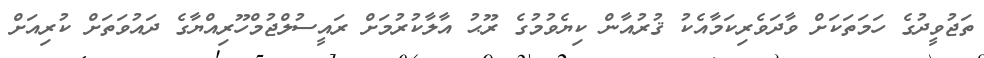
ތަޖުވީދުގެ ހަމަތަކަށް ވާދަވެރިކަމާއެކު ޤުރުއާން ކިޔެވުމުގެ ރޫޙު އާލާކުރުމަށް ރައީސުލްޖުމްހޫރިއްޔާގެ ދައުވަތަށް ކުރިއަށް